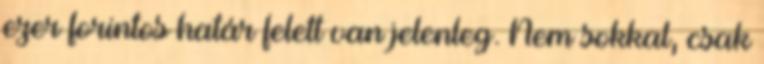
ezer forintos határ felett van jelenleg. Nem sokkal, csak